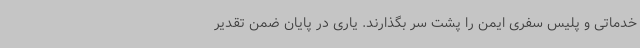
خدماتی و پلیس سفری ایمن را پشت سر بگذارند. یاری در پایان ضمن تقدیر